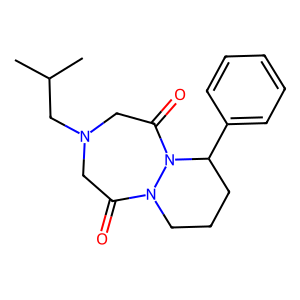
SMILES: CC(C)CN1CC(=O)N2CCCC(c3ccccc3)N2C(=O)C1
Inhibits HIV replication: No